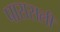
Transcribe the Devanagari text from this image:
पारासली